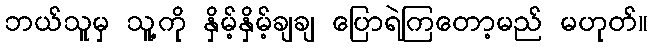
ဘယ်သူမှ သူ့ကို နှိမ့်နှိမ့်ချချ ပြောရဲကြတော့မည် မဟုတ်။